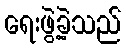
ရေးဖွဲ့ခဲ့သည်